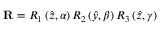
\mathbf { R } = R _ { 1 } \left( { \hat { z } } , \alpha \right) R _ { 2 } \left( { \hat { y } } , \beta \right) R _ { 3 } \left( { \hat { z } } , \gamma \right)